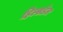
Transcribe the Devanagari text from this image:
हिल्सडेल